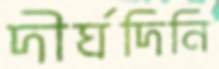
দীর্ঘদিনি